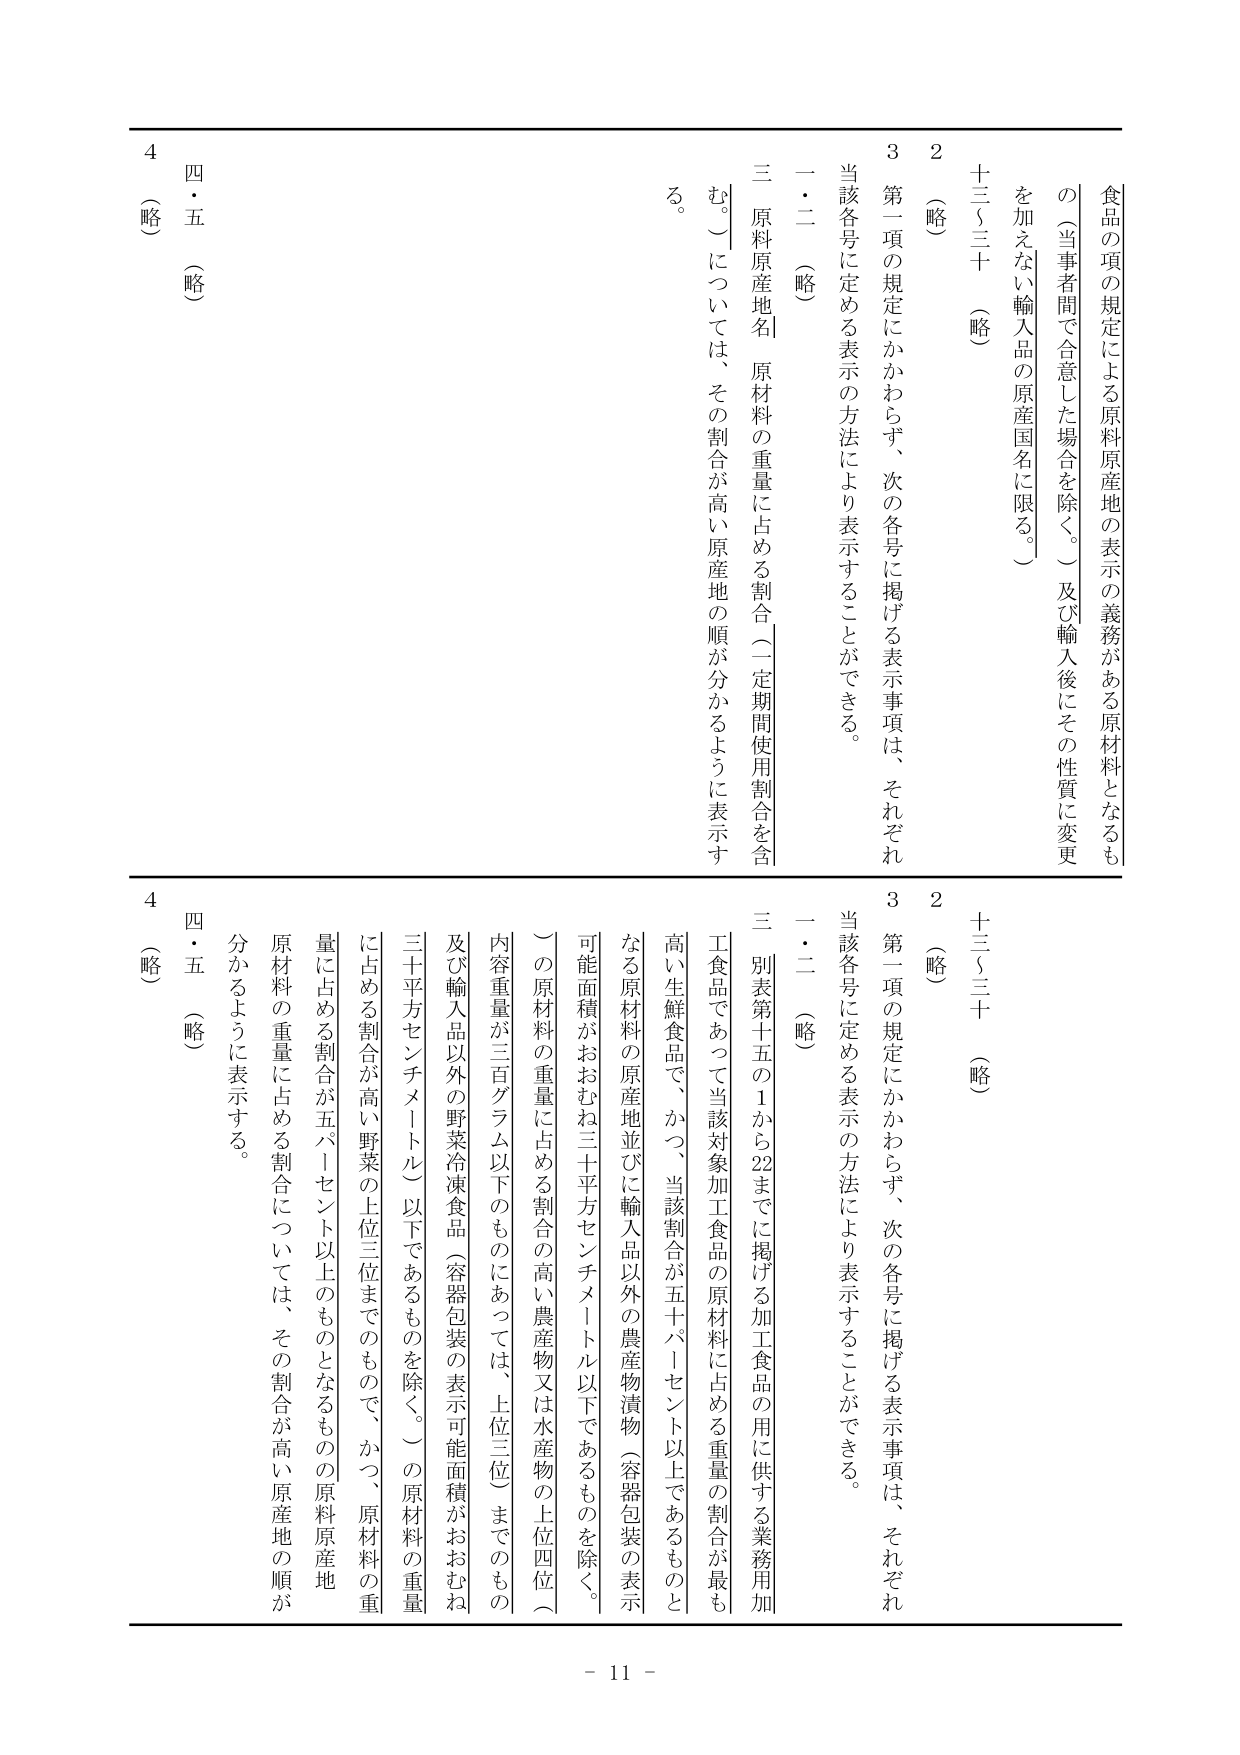
食品の項の規定による原料原産地の表示の義務がある原材料となるもの（当事者間で合意した場合を除く。）及び輸入後にその性質に変更を加えない輸入品の原産国名に限る。）

十三～三十（略）

2（略）

3 第一項の規定にかかわらず、次の各号に掲げる表示事項は、それぞれ当該各号に定める表示の方法により表示することができる。

一・二（略）

三 原料原産地名 原材料の重量に占める割合（一定期間使用割合を含む。）については、その割合が高い原産地の順が分かるように表示する。

四・五（略）

4（略）

十三～三十（略）

2（略）

3 第一項の規定にかかわらず、次の各号に掲げる表示事項は、それぞれ当該各号に定める表示の方法により表示することができる。

一・二（略）

三 別表第十五の1から22までに掲げる加工食品の用に供する業務用加工食品であって当該対象加工食品の原材料に占める重量の割合が最も高い生鮮食品で、かつ、当該割合が五十パーセント以上であるものとなる原材料の原産地並びに輸入品以外の農産物漬物（容器包装の表示可能面積がおおむね三十平方センチメートル以下であるものを除く。）の原材料の重量に占める割合の高い農産物又は水産物の上位四位（内容重量が三百グラム以下のものにあっては、上位三位）までのもの及び輸入品以外の野菜冷凍食品（容器包装の表示可能面積がおおむね三十平方センチメートル以下であるものを除く。）の原材料の重量に占める割合が高い野菜の上位三位までのもので、かつ、原材料の重量に占める割合が五パーセント以上なものとなるものの原料原産地については、その割合が高い原産地の順が分かるように表示する。

四・五（略）

4（略）

- 11 -